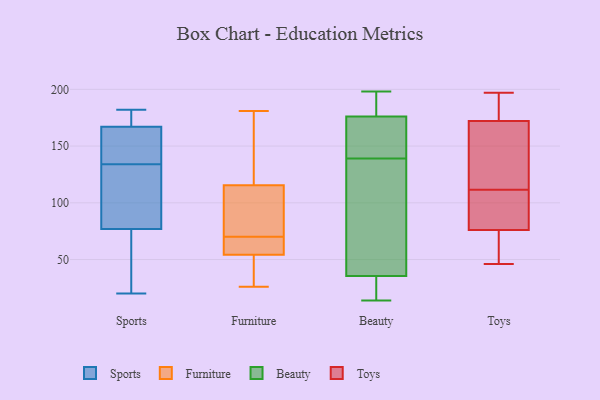
{"axis": {"x": "Population (Million)", "y": "Value"}, "legend": ["Beauty", "Furniture", "Sports", "Toys"], "data": [{"x": "", "y": 101, "type": "Sports"}, {"x": "", "y": 167, "type": "Sports"}, {"x": "", "y": 20, "type": "Sports"}, {"x": "", "y": 72, "type": "Sports"}, {"x": "", "y": 150, "type": "Sports"}, {"x": "", "y": 54, "type": "Sports"}, {"x": "", "y": 176, "type": "Sports"}, {"x": "", "y": 153, "type": "Sports"}, {"x": "", "y": 26, "type": "Sports"}, {"x": "", "y": 134, "type": "Sports"}, {"x": "", "y": 134, "type": "Sports"}, {"x": "", "y": 182, "type": "Sports"}, {"x": "", "y": 84, "type": "Sports"}, {"x": "", "y": 168, "type": "Sports"}, {"x": "", "y": 155, "type": "Sports"}, {"x": "", "y": 77, "type": "Sports"}, {"x": "", "y": 171, "type": "Sports"}, {"x": "", "y": 112, "type": "Sports"}, {"x": "", "y": 42, "type": "Furniture"}, {"x": "", "y": 26, "type": "Furniture"}, {"x": "", "y": 54, "type": "Furniture"}, {"x": "", "y": 129, "type": "Furniture"}, {"x": "", "y": 93, "type": "Furniture"}, {"x": "", "y": 68, "type": "Furniture"}, {"x": "", "y": 119, "type": "Furniture"}, {"x": "", "y": 61, "type": "Furniture"}, {"x": "", "y": 180, "type": "Furniture"}, {"x": "", "y": 135, "type": "Furniture"}, {"x": "", "y": 48, "type": "Furniture"}, {"x": "", "y": 92, "type": "Furniture"}, {"x": "", "y": 105, "type": "Furniture"}, {"x": "", "y": 104, "type": "Furniture"}, {"x": "", "y": 53, "type": "Furniture"}, {"x": "", "y": 181, "type": "Furniture"}, {"x": "", "y": 70, "type": "Furniture"}, {"x": "", "y": 69, "type": "Furniture"}, {"x": "", "y": 55, "type": "Furniture"}, {"x": "", "y": 48, "type": "Beauty"}, {"x": "", "y": 38, "type": "Beauty"}, {"x": "", "y": 169, "type": "Beauty"}, {"x": "", "y": 33, "type": "Beauty"}, {"x": "", "y": 25, "type": "Beauty"}, {"x": "", "y": 14, "type": "Beauty"}, {"x": "", "y": 170, "type": "Beauty"}, {"x": "", "y": 167, "type": "Beauty"}, {"x": "", "y": 111, "type": "Beauty"}, {"x": "", "y": 198, "type": "Beauty"}, {"x": "", "y": 182, "type": "Beauty"}, {"x": "", "y": 196, "type": "Beauty"}, {"x": "", "y": 172, "type": "Toys"}, {"x": "", "y": 92, "type": "Toys"}, {"x": "", "y": 170, "type": "Toys"}, {"x": "", "y": 76, "type": "Toys"}, {"x": "", "y": 114, "type": "Toys"}, {"x": "", "y": 109, "type": "Toys"}, {"x": "", "y": 65, "type": "Toys"}, {"x": "", "y": 73, "type": "Toys"}, {"x": "", "y": 197, "type": "Toys"}, {"x": "", "y": 176, "type": "Toys"}, {"x": "", "y": 46, "type": "Toys"}, {"x": "", "y": 194, "type": "Toys"}, {"x": "", "y": 89, "type": "Toys"}, {"x": "", "y": 146, "type": "Toys"}]}